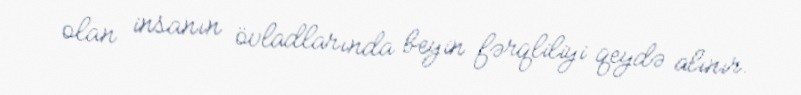
olan insanın övladlarında beyin fərqliliyi qeydə alınır.